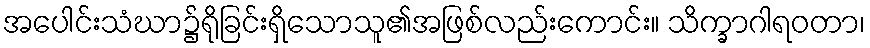
အပေါင်းသံဃာ၌ရိုခြင်းရှိသောသူ၏အဖြစ်လည်းကောင်း။ သိက္ခာဂါရဝတာ၊